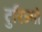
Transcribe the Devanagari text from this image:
टुरिज्मो